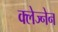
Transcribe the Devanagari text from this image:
क्लेज्नेन